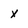
Character: x